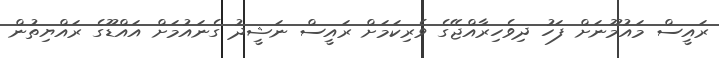
ރައީސް މައުމޫނަށް ފަހު ދިވެހިރާއްޖޭގެ ވެރިކަމަށް ރައީސް ނަޝީދު ގެނައުމަށް އައްޑޫގެ ރައްޔިތުން